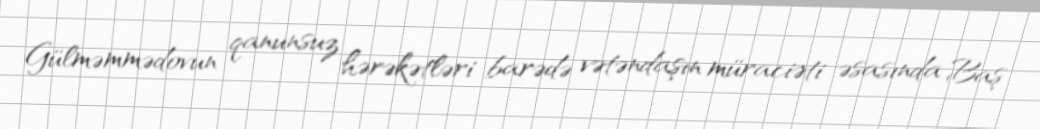
Gülməmmədovun qanunsuz hərəkətləri barədə vətəndaşın müraciəti əsasında Baş